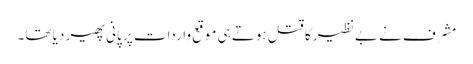
مشرف نے بےنظیر کا قتل ہوتے ہی موقع واردات پر پانی پھیر دیا تھا۔